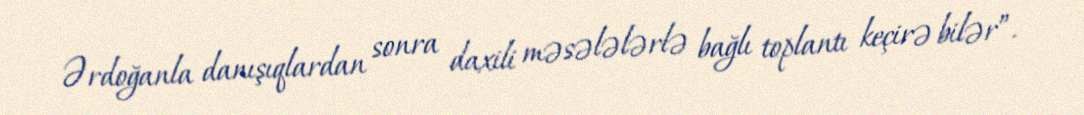
Ərdoğanla danışıqlardan sonra daxili məsələlərlə bağlı toplantı keçirə bilər”.